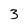
Character: 3